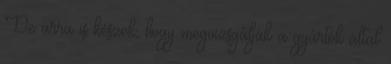
De arra is készek, hogy megvizsgálják a gyártók által